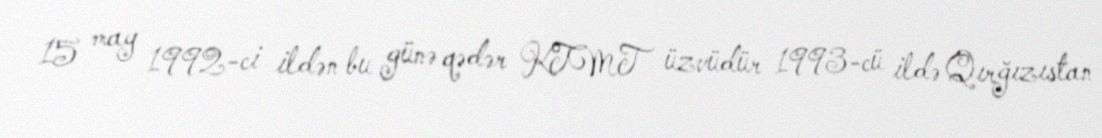
15 may 1992-ci ildən bu günə qədər KTMT üzvüdür 1993-cü ildə Qırğızıstan